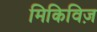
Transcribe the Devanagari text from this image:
मिकिविज़